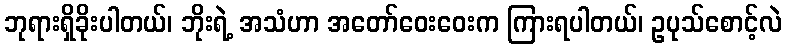
ဘုရားရှိခိုးပါတယ်၊ ဘိုးရဲ့ အသံဟာ အတော်ဝေးဝေးက ကြားရပါတယ်၊ ဥပုသ်စောင့်လဲ